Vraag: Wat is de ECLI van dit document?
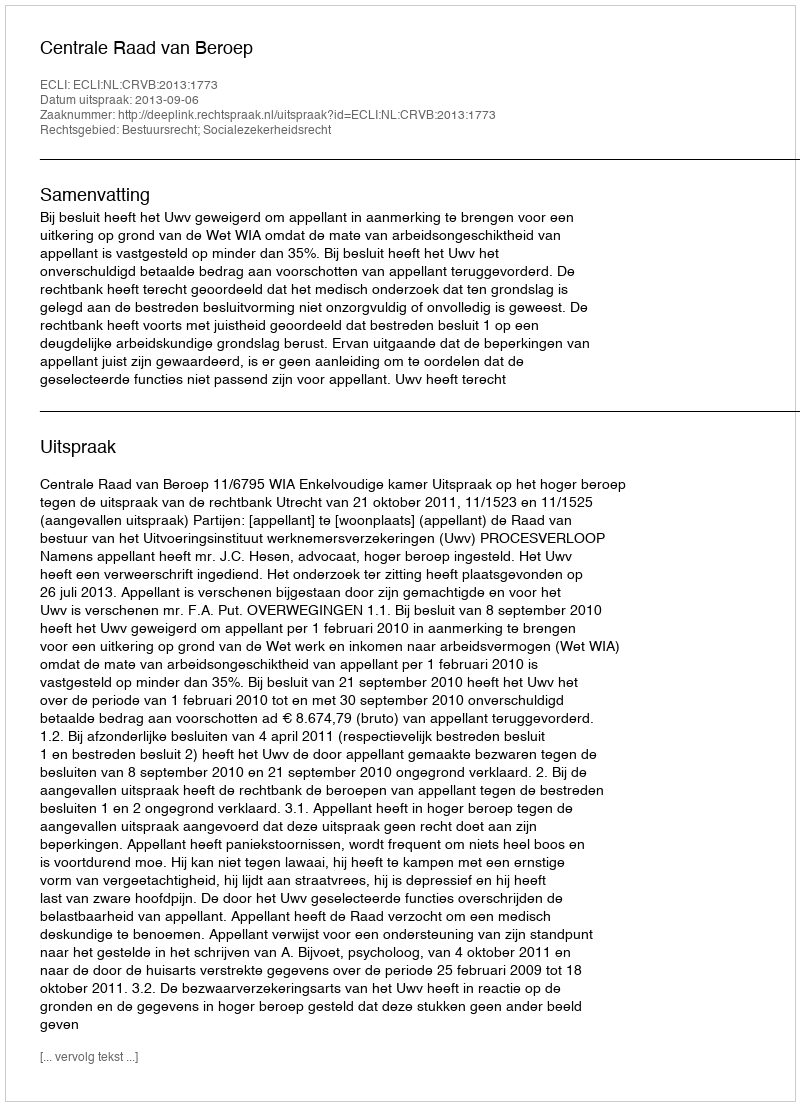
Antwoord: ECLI:NL:CRVB:2013:1773